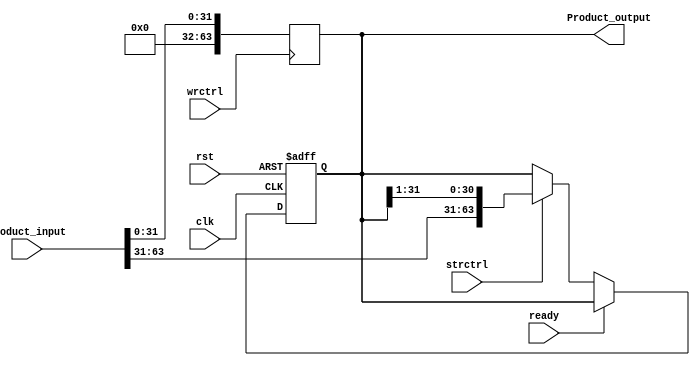
module Product(
	input [63:0] Product_input, //Product input
	input wrctrl,
	input strctrl,
	input ready,
	input rst,
	input clk,
	output reg [63:0] Product_output //Product output
	);

always @(posedge wrctrl)Product_output={32'd0,Product_input[31:0]};

always @(negedge clk,posedge rst)begin
	if(rst==1)Product_output=0;
	else if(ready!=1)begin 
		if(strctrl==1)Product_output={Product_input[63:31],Product_output[31:1]};
	end
end
endmodule